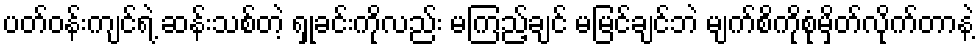
ပတ်ဝန်းကျင်ရဲ့ ဆန်းသစ်တဲ့ ရှုခင်းကိုလည်း မကြည့်ချင် မမြင်ချင်ဘဲ မျက်စိကိုစုံမှိတ်လိုက်တာနဲ့